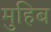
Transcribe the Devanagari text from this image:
मुहिब